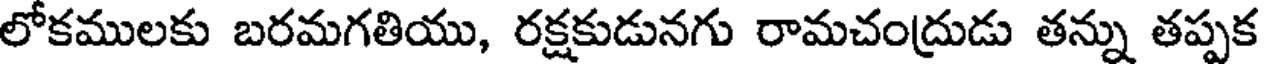
లోకములకు బరమగతియు, రక్షకుడునగు రామచంద్రుడు తన్ను తప్పక